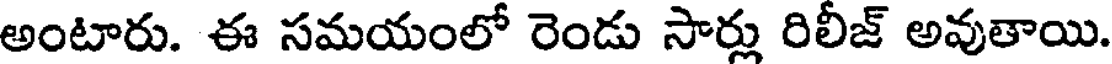
అంటారు. ఈ సమయంలో రెండు సార్లు రిలీజ్ అవుతాయి.